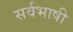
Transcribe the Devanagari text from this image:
सर्वभाषी